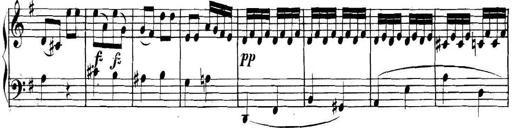
Title: Collected Piano Sonatas
Composer: Muzio Clementi